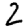
Digit: 2